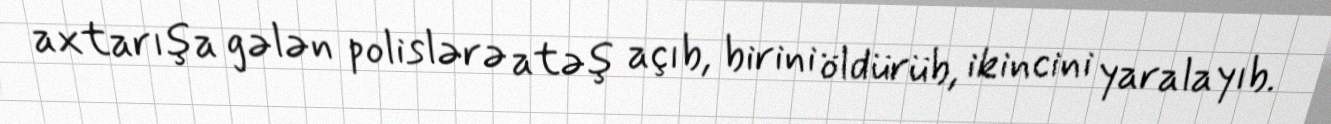
axtarışa gələn polislərə atəş açıb, birini öldürüb, ikincini yaralayıb.